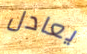
يعادل